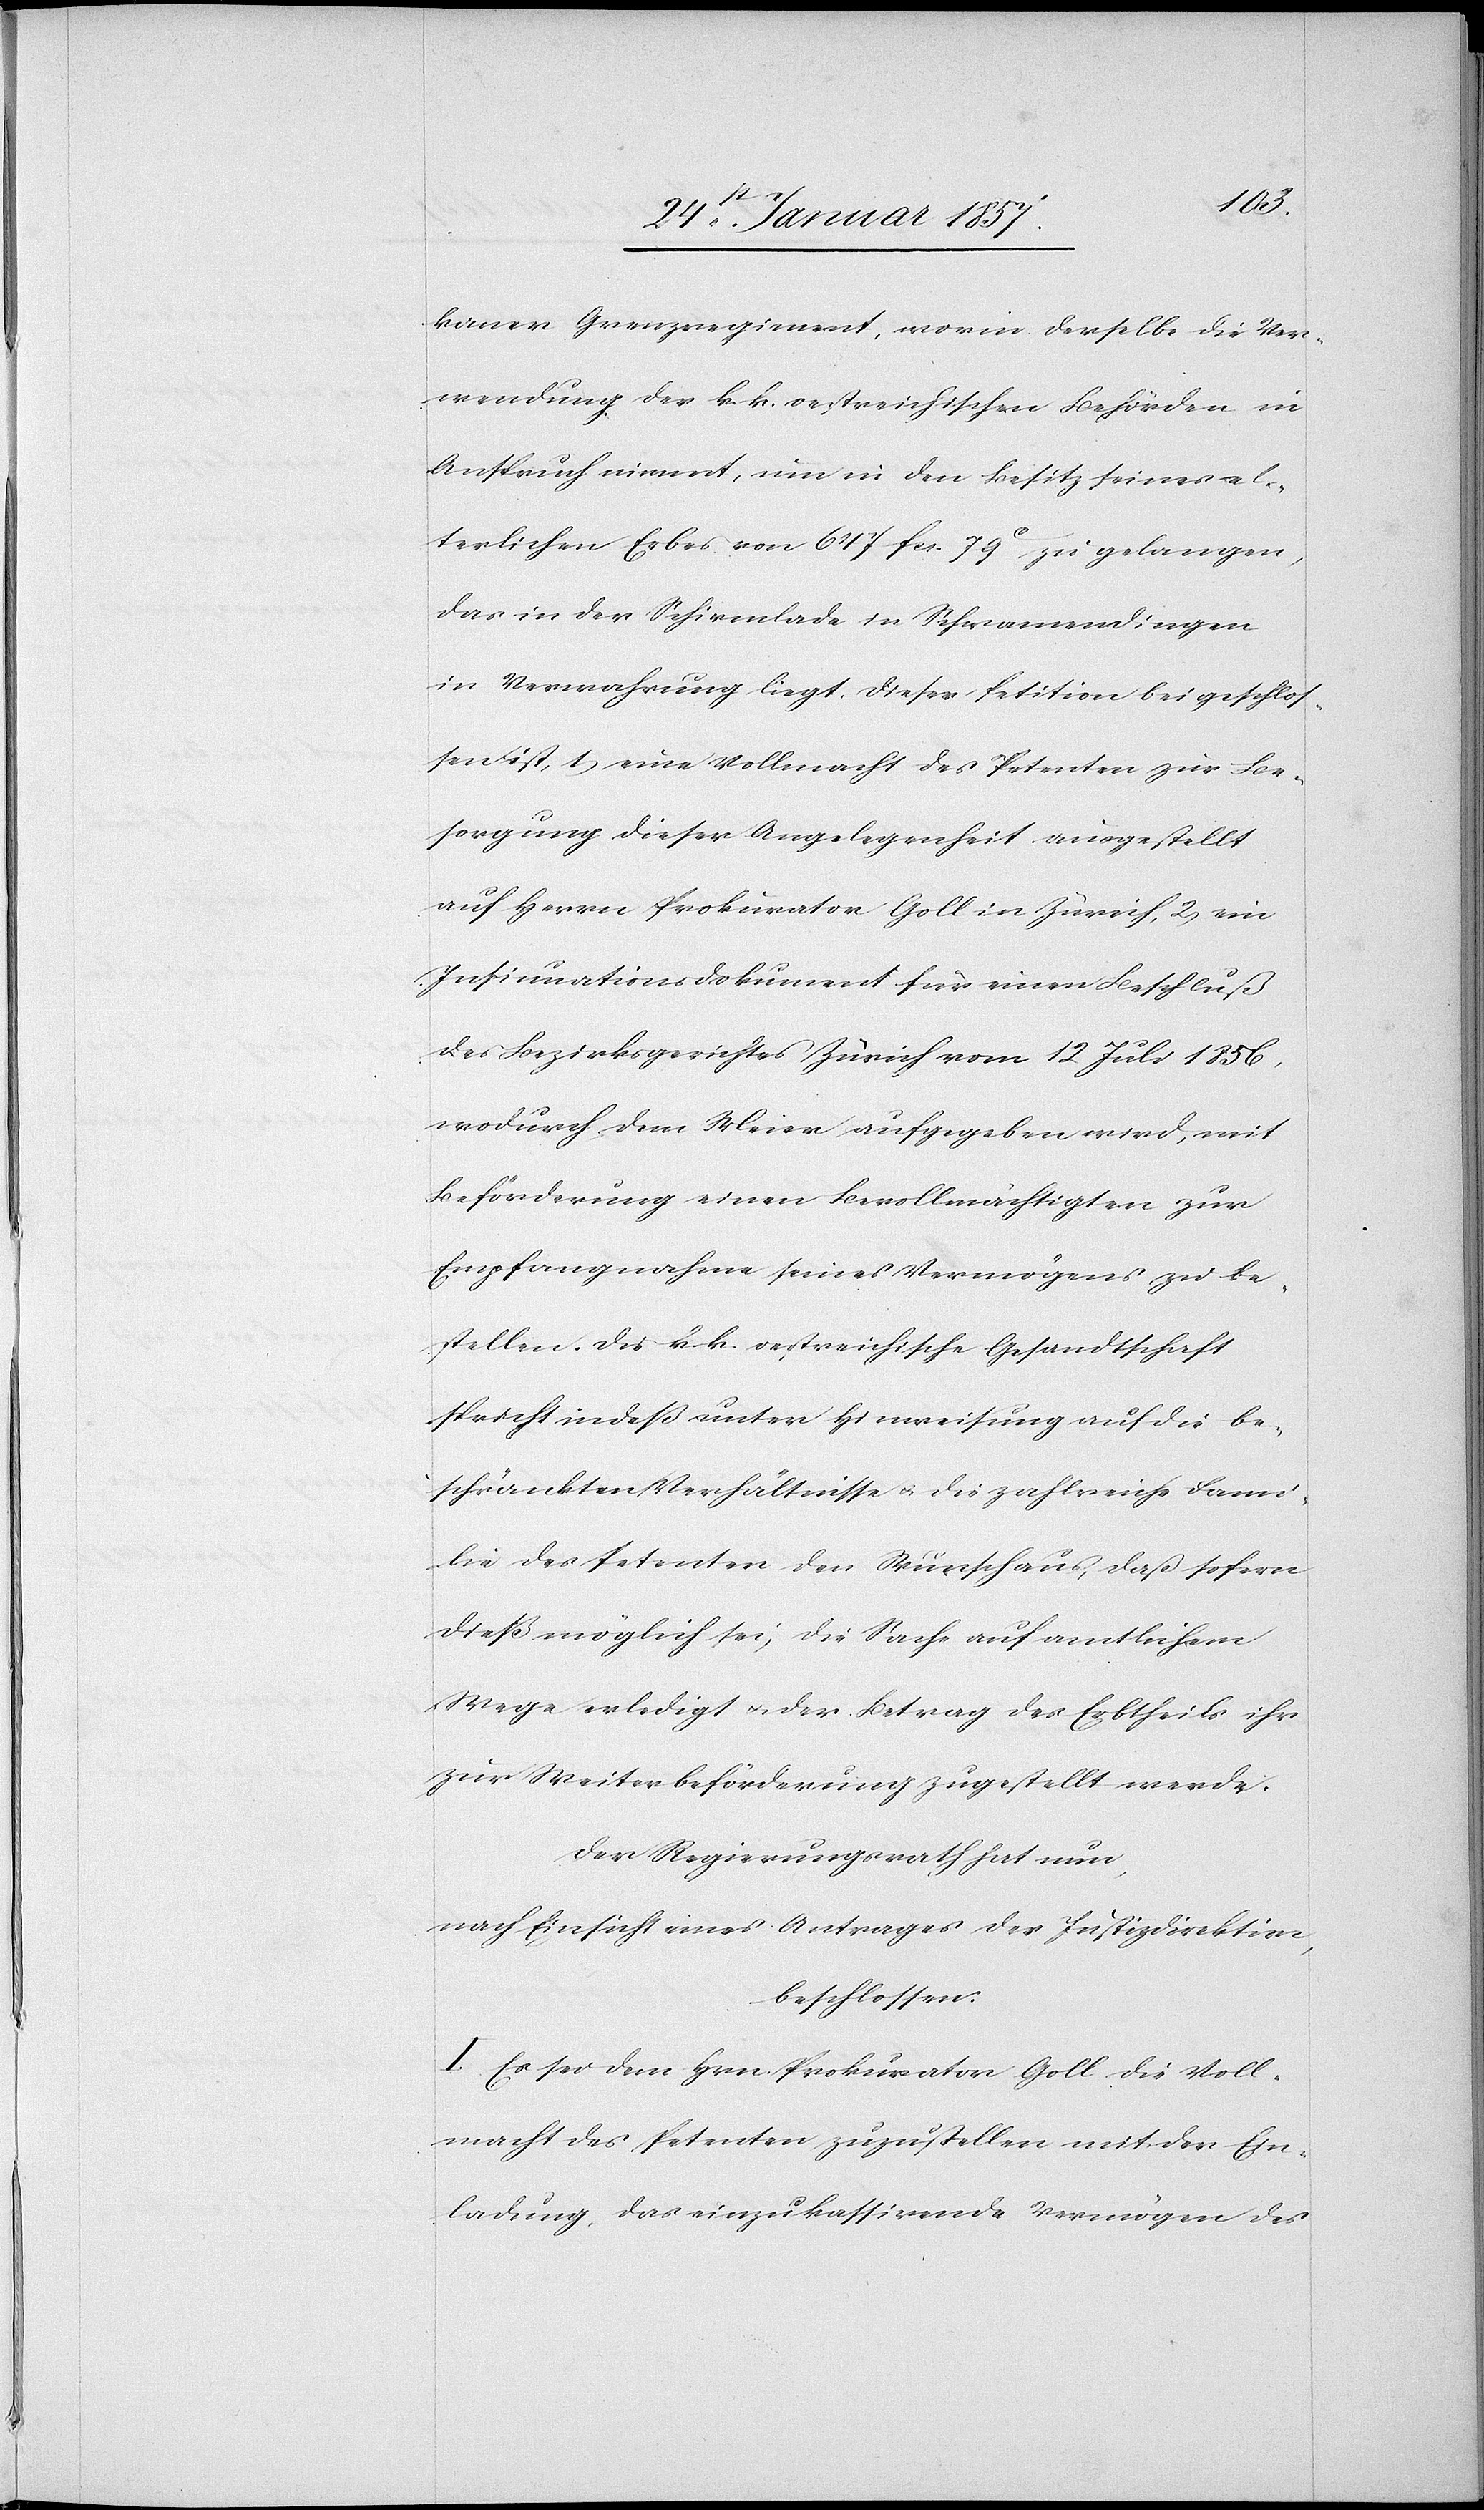
kaner Grenzregiment, worin derselbe die Ver¬
wendung der k. k. oestreichischen Behörden in
Anspruch nimmt, um in den Besitz seines el¬
terlichen Erbes von 647 fcs. 79 c zu gelangen,
das in der Schirmlade in Schwamendingen
in Verwahrung liegt. Dieser Petition beigeschlos¬
sen ist, 1, eine Vollmacht des Petenten zur Be¬
sorgung dieser Angelegenheit ausgestellt
auf Herrn Prokurator Goll in Zürich, 2, ein
Insinuationsdokument für einen Beschluß
des Bezirksgerichtes Zürich vom 12 Juli 1856,
wodurch dem Meier aufgegeben wird, mit
Beförderung einen Bevollmächtigten zur
Empfangnahme seines Vermögens zu be¬
stellen. Die k. k. oestreichische Gesandtschaft
spricht indeß unter Hinweisung auf die be¬
schränkten Verhältnisse & die zahlreiche Fami¬
lie des Petenten den Wunsch aus, daß sofern
dieß möglich sei, die Sache auf amtlichem
Wege erledigt & der Betrag des Erbtheils ihr
zur Weiterbeförderung zugestellt werde.
Der Regierungsrath hat nun,
nach Einsicht eines Antrages der Justizdirektion,
beschlossen.
I. Es sei dem Hrn. Prokurator Goll die Voll¬
macht des Petenten zuzustellen mit der Ein¬
ladung, das einzukassirende Vermögen des